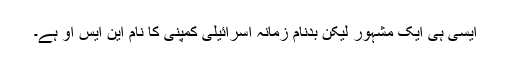
ایسی ہی ایک مشہور لیکن بدنام زمانہ اسرائیلی کمپنی کا نام این ایس او ہے۔